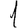
Digit: 1